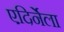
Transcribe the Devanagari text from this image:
एदिर्नेला